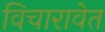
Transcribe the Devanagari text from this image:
विचारावेत